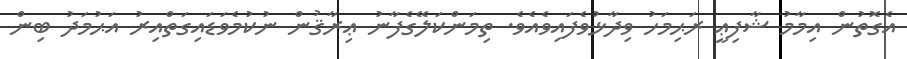
އެގޮތުން އިމާމު ޝާފިޢީ ރަޙިމަހު ވިދާޅުވެފައިވެއެވެ. ތިމަންކަލޭގެފާނު ޢިރާޤުން ނުކުމެވަޑައިގަތްއިރު އަޙުމަދު ބިން